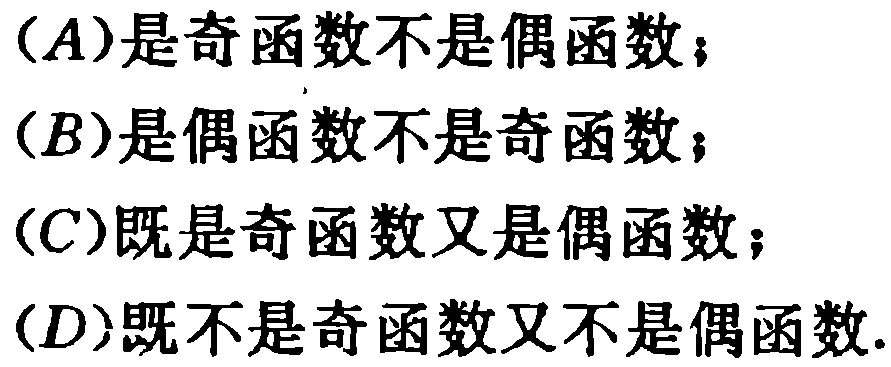
(A)是奇函数不是偶函数；

(B)是偶函数不是奇函数；

(C)既是奇函数又是偶函数；

(D)既不是奇函数又不是偶函数.